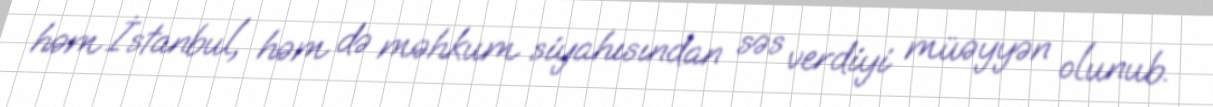
həm İstanbul, həm də məhkum siyahısından səs verdiyi müəyyən olunub.